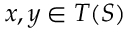
x , y \in T ( S )